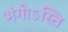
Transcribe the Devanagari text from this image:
भंगोऽस्ति